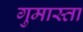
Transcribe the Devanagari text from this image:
गुमास्ता